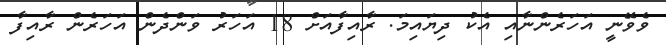
ވެވޭނީ އަހަރެންނާއި އެކު ދިޔައިމަ. ރާއިފާއަށް 18 އަހަރު ވަންދެން އަހަރެން ރާއިފާ